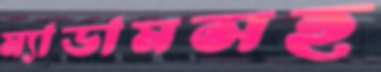
ম্যাডামসহ